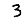
Digit: 3